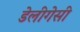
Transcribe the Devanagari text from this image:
डेलीगेसी